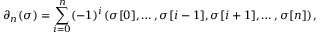
\partial _ { n } ( \sigma ) = \sum _ { i = 0 } ^ { n } ( - 1 ) ^ { i } \left( \sigma [ 0 ] , \dots , \sigma [ i - 1 ] , \sigma [ i + 1 ] , \dots , \sigma [ n ] \right) ,